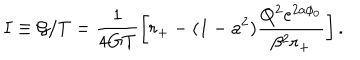
I \equiv { \cal G } / T = \frac { 1 } { 4 G T } \left[ r _ { + } - ( 1 - a ^ { 2 } ) \frac { Q ^ { 2 } e ^ { 2 a \phi _ { 0 } } } { \beta ^ { 2 } r _ { + } } \right] .